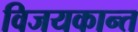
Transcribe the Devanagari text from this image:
विजयकान्त